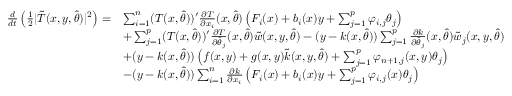
\begin{array} { r l } { \frac { d } { d t } \left( \frac { 1 } { 2 } \vert \tilde { T } ( x , y , \hat { \theta } ) \vert ^ { 2 } \right) = } & { \sum _ { i = 1 } ^ { n } ( T ( x , \hat { \theta } ) ) ^ { \prime } \frac { \partial T } { \partial x _ { i } } ( x , \hat { \theta } ) \left( F _ { i } ( x ) + b _ { i } ( x ) y + \sum _ { j = 1 } ^ { p } \varphi _ { i , j } \theta _ { j } \right) } \\ & { + \sum _ { j = 1 } ^ { p } ( T ( x , \hat { \theta } ) ) ^ { \prime } \frac { \partial T } { \partial \hat { \theta } _ { j } } ( x , \hat { \theta } ) \tilde { w } ( x , y , \hat { \theta } ) - ( y - k ( x , \hat { \theta } ) ) \sum _ { j = 1 } ^ { p } \frac { \partial k } { \partial \hat { \theta } _ { j } } ( x , \hat { \theta } ) \tilde { w } _ { j } ( x , y , \hat { \theta } ) } \\ & { + ( y - k ( x , \hat { \theta } ) ) \left( f ( x , y ) + g ( x , y ) \tilde { k } ( x , y , \hat { \theta } ) + \sum _ { j = 1 } ^ { p } \varphi _ { n + 1 , j } ( x , y ) \theta _ { j } \right) } \\ & { - ( y - k ( x , \hat { \theta } ) ) \sum _ { i = 1 } ^ { n } \frac { \partial k } { \partial x _ { i } } \left( F _ { i } ( x ) + b _ { i } ( x ) y + \sum _ { j = 1 } ^ { p } \varphi _ { i , j } ( x ) \theta _ { j } \right) } \end{array}